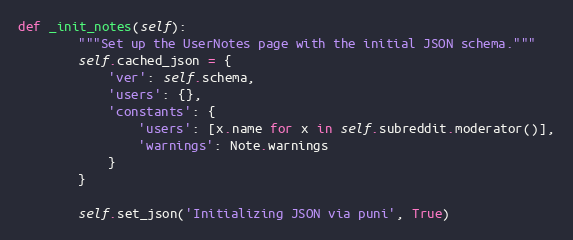
Language: Python
def _init_notes(self):
        """Set up the UserNotes page with the initial JSON schema."""
        self.cached_json = {
            'ver': self.schema,
            'users': {},
            'constants': {
                'users': [x.name for x in self.subreddit.moderator()],
                'warnings': Note.warnings
            }
        }

        self.set_json('Initializing JSON via puni', True)